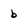
Character: b